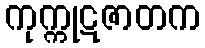
ကုက္ကုဋဇာတက